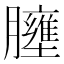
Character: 𱼤